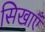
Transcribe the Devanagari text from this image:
सिखाएँ